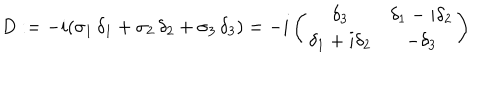
LaTeX: D : = - i ( \sigma _ { 1 } \, \delta _ { 1 } + \sigma _ { 2 } \, \delta _ { 2 } + \sigma _ { 3 } \, \delta _ { 3 } ) = - i \left( \begin{matrix} { { \delta _ { 3 } } } & { { \delta _ { 1 } - i \delta _ { 2 } } } \\ { { \delta _ { 1 } + i \delta _ { 2 } } } & { { - \delta _ { 3 } } } \\ \end{matrix} \right)